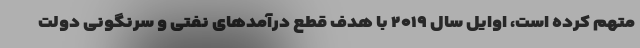
متهم کرده است، اوایل سال ۲۰۱۹ با هدف قطع درآمدهای نفتی و سرنگونی دولت